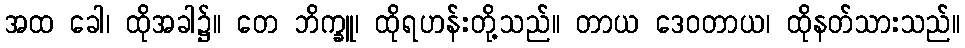
အထ ခေါ၊ ထိုအခါ၌။ တေ ဘိက္ခူ၊ ထိုရဟန်းတို့သည်။ တာယ ဒေဝတာယ၊ ထိုနတ်သားသည်။